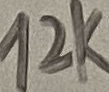
Text: 12K